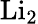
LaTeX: \operatorname{Li}_{2}